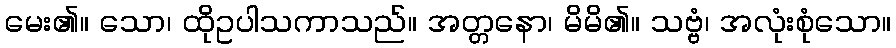
မေး၏။ သော၊ ထိုဥပါသကာသည်။ အတ္တနော၊ မိမိ၏။ သဗ္ဗံ၊ အလုံးစုံသော။